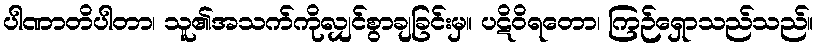
ပါဏာတိပါတာ၊ သူ၏အသက်ကိုလျှင်စွာချခြင်းမှ။ ပဋိဝိရတော၊ ကြဉ်ရှောသည်သည်။